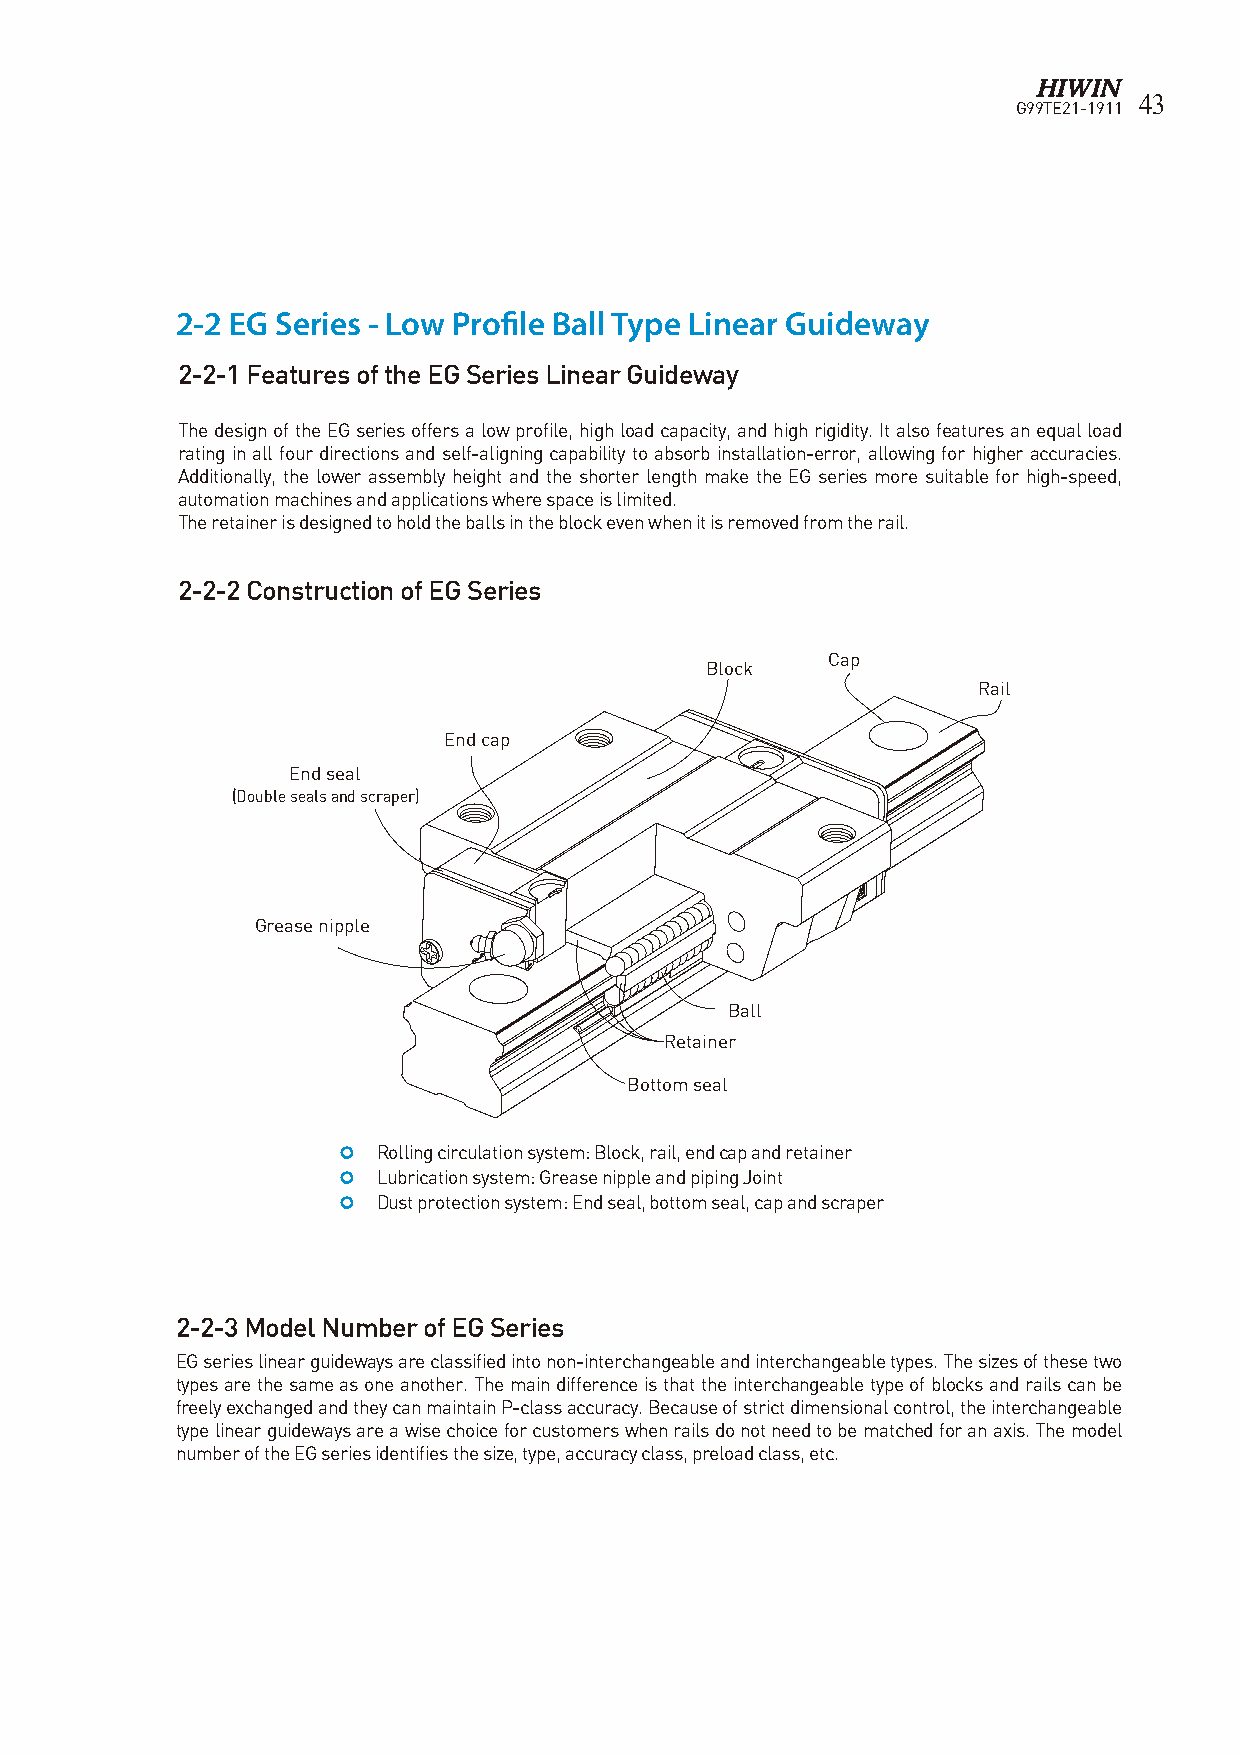
43
 G99TE21-1911
 2-2 EG Series - Low Profile Ball Type Linear Guideway
 2-2-1 Features of the EG Series Linear Guideway
 The design of the EG series offers a low profile, high load capacity, and high rigidity. It also features an equal load
 rating in all four directions and self-aligning capability to absorb installation-error, allowing for higher accuracies.
 Additionally, the lower assembly height and the shorter length make the EG series more suitable for high-speed,
 automation machines and applications where space is limited.
 The retainer is designed to hold the balls in the block even when it is removed from the rail.
 2-2-2 Construction of EG Series
 Cap
 Block
 Rail
 End cap
 End seal
 (Double seals and scraper)
 Grease nipple
 Ball
 Retainer
 Bottom seal
   Rolling circulation system: Block, rail, end cap and retainer
   Lubrication system: Grease nipple and piping Joint
   Dust protection system: End seal, bottom seal, cap and scraper
 2-2-3 Model Number of EG Series
 EG series linear guideways are classified into non-interchangeable and interchangeable types. The sizes of these two
 types are the same as one another. The main difference is that the interchangeable type of blocks and rails can be
 freely exchanged and they can maintain P-class accuracy. Because of strict dimensional control, the interchangeable
 type linear guideways are a wise choice for customers when rails do not need to be matched for an axis. The model
 number of the EG series identifies the size, type, accuracy class, preload class, etc.